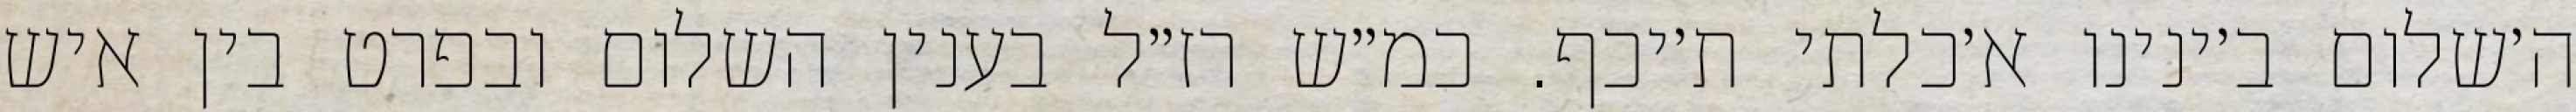
ה׳שלום ב׳ינינו א׳כלתי ת׳יכף. כמ״ש רז״ל בענין השלום ובפרט בין איש